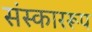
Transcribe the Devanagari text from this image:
संस्काररूप